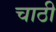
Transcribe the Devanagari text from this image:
चाठी